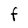
Character: F